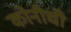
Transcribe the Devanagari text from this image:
कोनीची